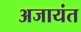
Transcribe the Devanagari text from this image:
अजायंत